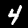
Label: 4